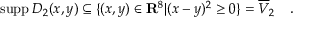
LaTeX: \mathrm { s u p p } \, D _ { 2 } ( x , y ) \subseteq \{ ( x , y ) \in { \bf { R } } ^ { 8 } | ( x - y ) ^ { 2 } \geq 0 \} = \overline { { { V } } } _ { 2 } \quad .